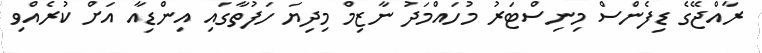
ރާއްޖޭގެ ޑިފެންސް މިނިސްޓަރު މުހައްމަދު ނާޒިމް މިދިޔަ ހަފުތާގައި އިންޑިއާ އަށް ކުރެއްވި